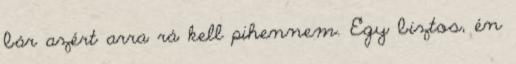
bár azért arra rá kell pihennem. Egy biztos, én